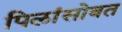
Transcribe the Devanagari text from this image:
पिलांसोबत